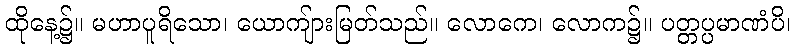
ထိုနေ့၌။ မဟာပူရိသော၊ ယောကျ်ားမြတ်သည်။ လောကေ၊ လောက၌။ ပတ္တပ္ပမာဏံပိ၊